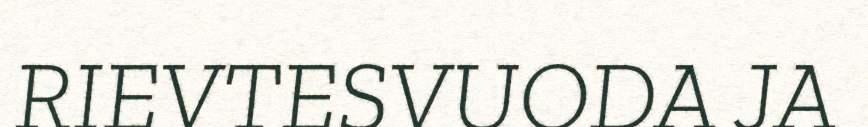
RIEVTESVUODA JA